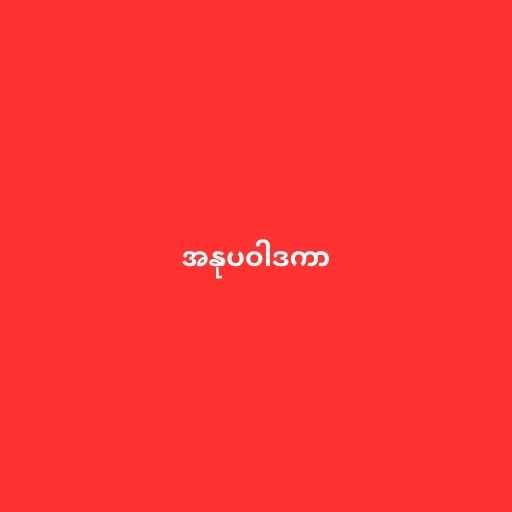
အနုပဝါဒကာ